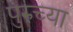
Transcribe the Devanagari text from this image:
पुरुच्या